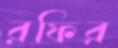
রফির